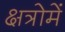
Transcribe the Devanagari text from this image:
क्षत्रोमें